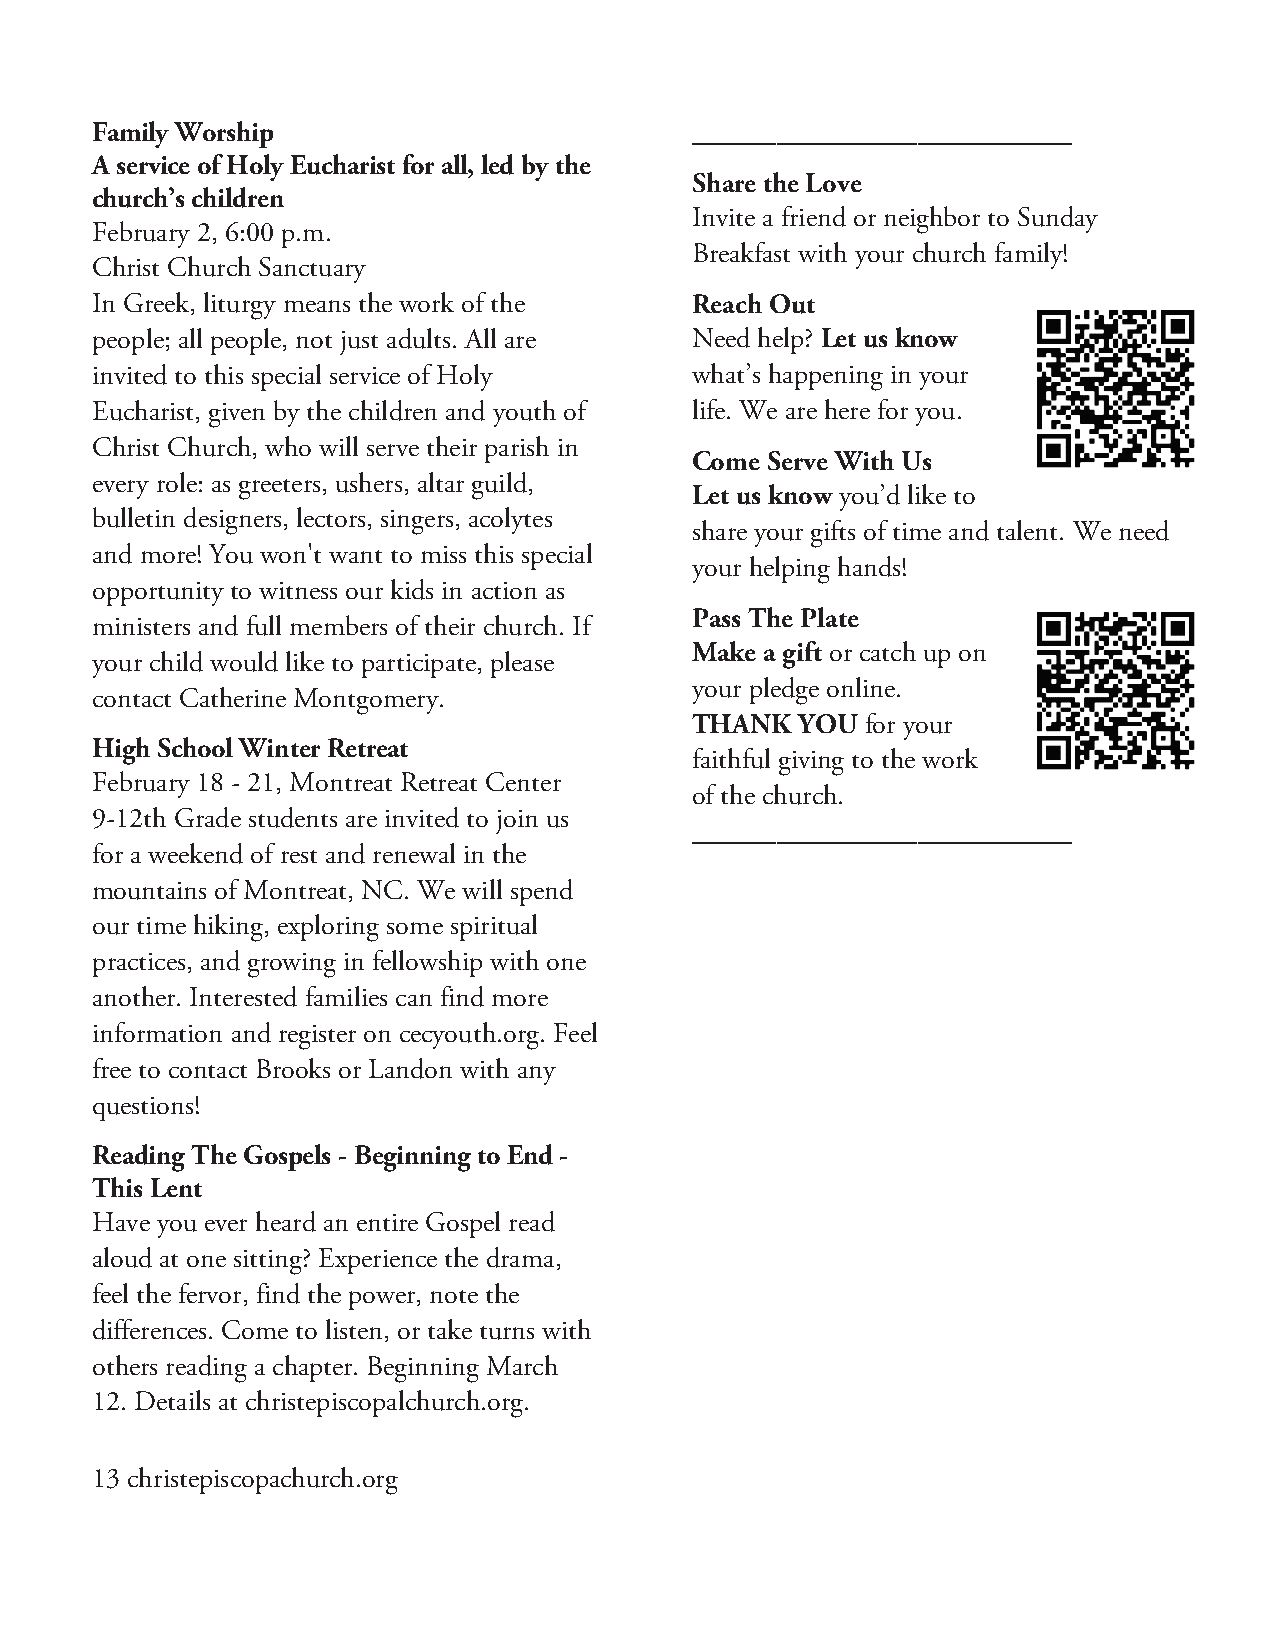
Family Worship                          ___________________________
 A service of Holy Eucharist for all, led by the
 Share the Love
 church’s children
 Invite a friend or neighbor to Sunday
 February 2, 6:00 p.m.
 Breakfast with your church family!
 Christ Church Sanctuary
 In Greek, liturgy means the work of the Reach Out
 people; all people, not just adults. All are Need help? Let us know
 invited to this special service of Holy what’s happening in your
 Eucharist, given by the children and youth of life. We are here for you.
 Christ Church, who will serve their parish in
 Come Serve With Us
 every role: as greeters, ushers, altar guild,
 Let us know you’d like to
 bulletin designers, lectors, singers, acolytes
 share your gifts of time and talent. We need
 and more! You won't want to miss this special
 your helping hands!
 opportunity to witness our kids in action as
 Pass The Plate
 ministers and full members of their church. If
 Make a gift or catch up on
 your child would like to participate, please
 your pledge online.
 contact Catherine Montgomery.
 THANK  YOU for your
 High School Winter Retreat
 faithful giving to the work
 February 18 - 21, Montreat Retreat Center
 of the church.
 9-12th Grade students are invited to join us
 ___________________________
 for a weekend of rest and renewal in the
 mountains of Montreat, NC. We will spend
 our time hiking, exploring some spiritual
 practices, and growing in fellowship with one
 another. Interested families can find more
 information and register on cecyouth.org. Feel
 free to contact Brooks or Landon with any
 questions!
 Reading The Gospels - Beginning to End -
 This Lent
 Have you ever heard an entire Gospel read
 aloud at one sitting? Experience the drama,
 feel the fervor, find the power, note the
 differences. Come to listen, or take turns with
 others reading a chapter. Beginning March
 12. Details at christepiscopalchurch.org.
 13 christepiscopachurch.org